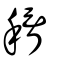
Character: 稰